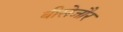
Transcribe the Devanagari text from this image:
बीसेजौर